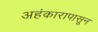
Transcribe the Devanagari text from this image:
अहंकारापासून